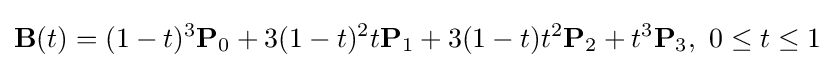
\mathbf {B} (t)=(1-t)^{3}\mathbf {P} _{0}+3(1-t)^{2}t\mathbf {P} _{1}+3(1-t)t^{2}\mathbf {P} _{2}+t^{3}\mathbf {P} _{3},\ 0\leq t\leq 1